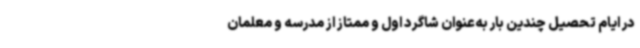
در ایام تحصیل چندین بار به‌عنوان شاگرد اول و ممتاز از مدرسه و معلمان